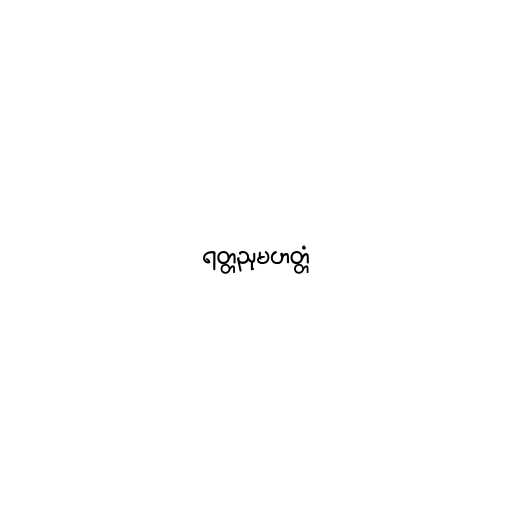
ရတ္တညုမဟတ္တံ